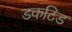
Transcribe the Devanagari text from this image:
डकटिड